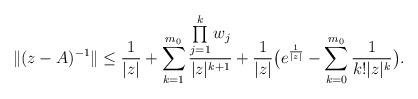
LaTeX: \begin{align*}\|(z-A)^{-1}\|\leq\frac{1}{|z|}+\sum\limits_{k=1}^{m_0}\frac{\prod\limits_{j=1}^k w_j}{|z|^{k+1}}+\frac{1}{|z|}\big(e^{\frac{1}{|z|}}-\sum\limits_{k=0}^{m_0}\frac{1}{k!|z|^{k}}\big).\end{align*}